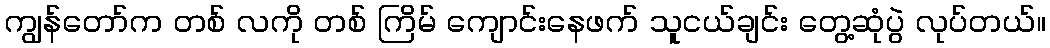
ကျွန်တော်က တစ် လကို တစ် ကြိမ် ကျောင်းနေဖက် သူငယ်ချင်း တွေ့ဆုံပွဲ လုပ်တယ်။